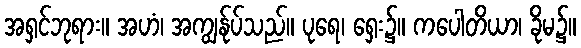
အရှင်ဘုရား။ အဟံ၊ အကျွန်ုပ်သည်။ ပုရေ၊ ရှေး၌။ ကပေါတိယာ၊ ခိုမ၌။